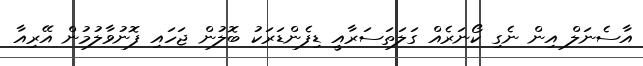
އާސެނަލް އިން ނެގި ކޯނަރެއް ގަލަތަސަރާއީ ޑިފެންޑަރަކު ބޮލުން ޖަހައި ފޮނުވާލުމުން އޭރިއާ